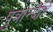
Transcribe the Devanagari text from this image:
पुत्रान्देहि